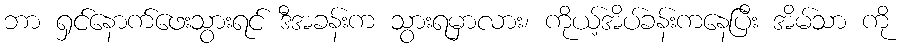
ဘာ ရှင်နောက်ဖေးသွားရင် ဒီအခန်းက သွားရမှာလား၊ ကိုယ့်အိပ်ခန်းကနေပြီး အိမ်သာ ကို